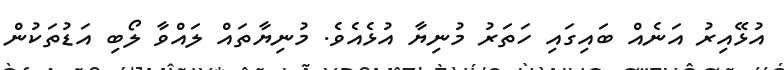
އުޅޭއިރު އަނެއް ބައިގައި ހަތަރު މުނިޔާ އުޅެއެވެ. މުނިޔާތައް ލައްވާ ލޯބި އަޑުތަކުން